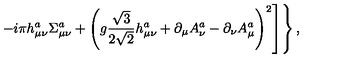
\left. \left. - i \pi h _ { \mu \nu } ^ { a } \Sigma _ { \mu \nu } ^ { a } + \left( g \frac { \sqrt { 3 } } { 2 \sqrt { 2 } } h _ { \mu \nu } ^ { a } + \partial _ { \mu } A _ { \nu } ^ { a } - \partial _ { \nu } A _ { \mu } ^ { a } \right) ^ { 2 } \right] \right\} ,